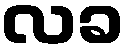
လခ